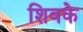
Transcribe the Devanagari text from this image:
शिवके